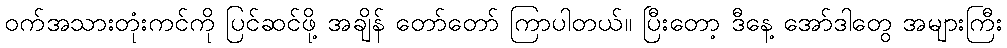
ဝက်အသားတုံးကင်ကို ပြင်ဆင်ဖို့ အချိန် တော်တော် ကြာပါတယ်။ ပြီးတော့ ဒီနေ့ အော်ဒါတွေ အများကြီး